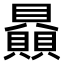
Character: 贔